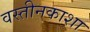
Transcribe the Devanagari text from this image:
वस्तीनकाशा